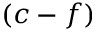
( c - f )